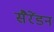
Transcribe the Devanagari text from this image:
सैरेंडन